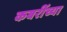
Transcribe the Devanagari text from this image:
कबरींच्या